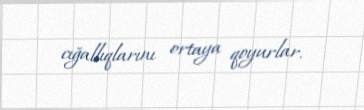
cığallıqlarını ortaya qoyurlar.